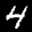
Label: 4